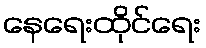
နေရေးထိုင်ရေး